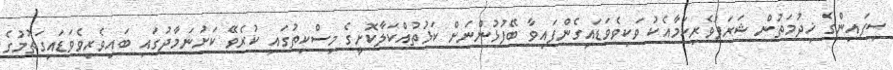
ސިފައިންގެ ޚިދުމަތުން ޝަރަފުވެރިކަމާއެކު ވަކިވެވަޑައިގެންފައިވާ ބޭފުޅުންނަށް ކަޅުތުއްކަލާކޮށީގެ މިސްކިތުގައި ކުރެވޭ ކަށުނަމާދުގައި ބައިވެރިވެވަޑައިގަތުމުގެ